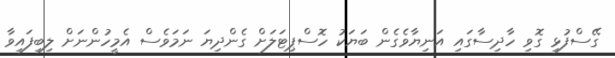
ގޭސްފުޅި ގޮވި ހާދިސާގައި އަނިޔާވެގެން ބަޔަކު ހޮސްޕިޓަލަށް ގެންދިޔަ ނަމަވެސް އެމީހުންނަށް ލިބިފައިވާ